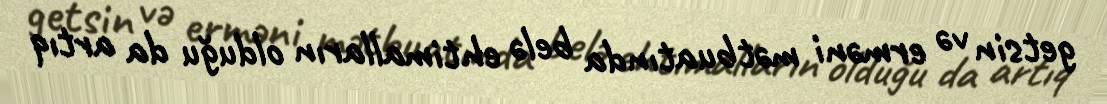
getsin və erməni mətbuatında belə ehtimalların olduğu da artıq